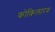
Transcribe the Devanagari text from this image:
कोकिलारव